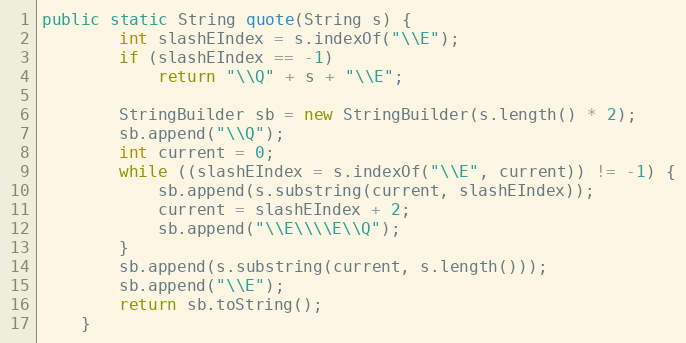
Language: Java
public static String quote(String s) {
        int slashEIndex = s.indexOf("\\E");
        if (slashEIndex == -1)
            return "\\Q" + s + "\\E";

        StringBuilder sb = new StringBuilder(s.length() * 2);
        sb.append("\\Q");
        int current = 0;
        while ((slashEIndex = s.indexOf("\\E", current)) != -1) {
            sb.append(s.substring(current, slashEIndex));
            current = slashEIndex + 2;
            sb.append("\\E\\\\E\\Q");
        }
        sb.append(s.substring(current, s.length()));
        sb.append("\\E");
        return sb.toString();
    }